Report on the lunatic asylums under the Government of Bombay - 1904-1913
Year: 1904
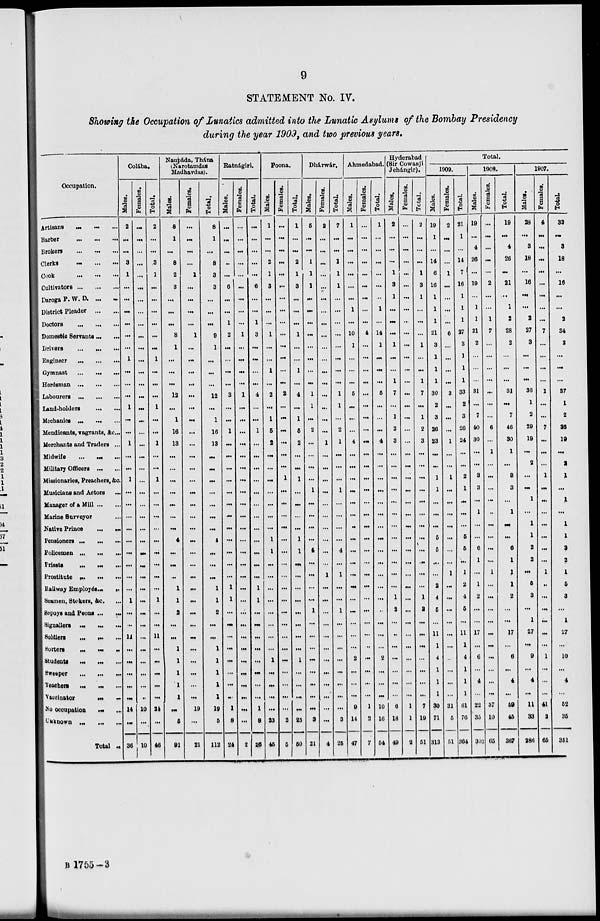
9
STATEMENT No. IV.
Showing the Occupation of Lunatics admitted into the Lunatic Asylums of the Bombay Presidency
during the year 1909, and two previous years.
Occupation.
Artisans
...
...
...
Barber ... ... ...
Brokers ... ... ...
Clerks
...
...
...
Cook
...
...
...
Cultivators ... ... ...
Daroga P. W. D. ... ...
District Pleader ... ...
Doctors ... ... ...
Domestic Servants ... ...
Drivers ... ... ...
Engineer
...
...
...
Gymnast ... ... ...
Herdsman ... ... ...
Labourers
...
...
...
Land-holders ... ...
Mechanics ... ... ...
Mendicants, vagrants, &c...
Merchants and Traders ...
Midwife
... ... ...
Military Officers ... ...
Missionaries, Preachers, &c.
Musicians and Actors ...
Manager of a Mill ... ...
Marine Surveyor ...
Native Prince
...
...
Pensioners ...
... ...
Policemen ...
...
...
Priests ... ...
...
Prostitute
...
...
...
Railway Employés ... ...
Seamen, Stokers, &c. ...
Sepoys and Peons ...
...
Signallers
...
...
...
Soldiers
...
...
...
Sorters
...
...
...
Students
...
... ...
Sweeper ... ... ...
Teachers ... ... ...
Vaccinator ... ...
No occupation ... ...
Unknown
...
...
...
Total ...
Colába.
Males.
2
...
...
3
1
...
...
...
...
...
...
1
...
...
...
1
...
...
1
...
...
1
...
...
...
...
...
...
...
...
...
1
...
...
11
...
...
...
...
...
14
...
36
Females.
...
...
...
...
...
...
...
...
...
...
...
...
...
...
...
...
...
...
...
...
...
...
...
...
...
...
...
...
...
...
...
...
...
...
...
...
...
...
...
...
10
...
10
Total.
2
...
...
3
1
...
...
...
...
...
...
1
...
...
...
1
...
...
1
...
...
1
...
...
...
...
...
...
...
...
...
1
...
...
11
...
...
...
...
...
24
...
46
Naupáda, Thána
(Narotamdas
Madhavdas).
Males.
8
1
...
8
2
3
...
...
...
8
1
...
...
...
12
...
1
16
13
...
...
...
...
...
...
...
4
...
...
...
1
1
2
...
...
1
1
1
1
1
...
5
91
Females.
...
...
...
...
1
...
...
...
...
1
...
...
...
...
...
...
...
...
...
...
...
...
...
...
...
...
...
...
...
...
...
...
...
...
...
...
...
...
...
...
19
...
21
Total.
8
1
...
8
3
3
...
...
...
9
1
...
...
...
12
...
1
16
13
...
...
...
...
...
...
...
4
...
...
...
1
1
2
...
...
1
1
1
1
1
19
5
112
Ratnágiri.
Males.
...
...
...
...
...
6
...
...
1
2
...
...
...
...
3
...
...
1
...
...
...
...
...
...
...
...
...
...
...
...
1
1
...
...
...
...
...
...
...
...
1
8
24
Females.
...
...
...
...
...
...
...
...
...
1
...
...
...
...
1
...
...
...
...
...
...
...
...
...
...
...
...
...
...
...
...
...
...
...
...
...
...
...
...
...
...
...
2
Total.
...
...
...
...
...
6
...
...
1
3
...
...
...
...
4
...
...
1
...
...
...
...
...
...
...
...
...
...
...
...
1
1
...
...
...
...
...
...
...
...
1
8
26
Poona.
Males.
1
...
...
2
1
3
...
...
...
1
...
...
1
...
2
...
1
5
2
...
...
...
...
...
...
...
1
1
...
...
...
...
...
...
...
...
1
...
...
...
...
23
45
Females.
...
...
...
...
...
...
...
...
...
...
...
...
...
...
2
...
...
...
...
...
...
1
...
...
...
...
...
...
...
...
...
...
...
...
...
...
...
...
...
...
...
2
5
Total.
1
...
...
2
1
3
...
...
...
1
...
...
1
...
4
...
1
5
2
...
...
1
...
...
...
...
1
1
...
...
...
...
...
...
...
...
1
...
...
...
...
25
50
Dhárwár.
Males.
5
...
...
1
1
1
...
...
...
...
...
...
...
...
1
1
...
2
...
...
...
...
1
...
...
...
...
4
...
...
...
...
1
...
...
...
...
...
...
...
...
3
21
Females.
2
...
...
...
...
...
...
...
...
...
...
...
...
...
...
...
...
...
1
...
...
...
...
...
...
...
...
...
...
1
...
...
...
...
...
...
...
...
...
...
...
...
4
Total.
7
...
...
1
1
1
...
...
...
...
...
...
...
...
1
1
...
2
1
...
...
...
1
...
...
...
...
4
...
1
...
...
1
...
...
...
...
...
...
...
...
3
25
Ahmedabad.
Males.
1
...
...
...
...
...
...
1
...
10
1
...
...
...
6
...
...
...
4
...
...
...
...
...
...
..
...
...
...
...
...
...
...
...
...
...
2
...
...
...
9
14
47
Females.
...
...
...
...
...
...
...
...
...
4
...
...
...
...
...
...
...
...
...
...
...
...
...
...
...
...
...
...
...
...
...
...
...
...
...
...
...
...
...
...
1
2
7
Total.
1
...
...
...
...
...
...
1
...
14
1
...
...
...
6
...
...
...
4
...
...
...
...
...
...
...
...
...
...
...
...
...
...
...
...
...
2
...
...
...
10
16
54
Hyderabad
(Sir Cowasji
Jehángir).
Males.
2
...
...
...
1
3
1
...
...
...
1
...
...
1
7
...
1
2
3
...
...
...
...
...
...
...
...
...
...
...
...
1
2
...
...
...
...
...
...
...
6
18
49
Females.
...
...
...
...
...
...
...
...
...
...
...
...
...
...
...
...
...
...
...
...
...
...
...
...
...
...
...
...
...
...
...
...
...
...
...
...
...
...
...
...
1
1
2
Total.
2
...
...
...
1
3
1
...
...
...
1
...
...
1
7
...
1
2
3
...
...
...
...
...
...
...
...
...
...
...
...
1
2
...
...
...
...
...
...
...
7
19
51
Total.
1909.
Males.
19
1
...
14
6
16
1
1
1
21
3
1
1
1
30
2
3
26
23
...
...
1
1
...
...
...
5
5
...
...
2
4
5
...
11
1
4
1
1
1
30
71
313
Females.
2
...
...
...
1
...
...
...
...
6
...
...
...
...
3
...
...
...
1
...
...
1
...
...
...
...
...
...
...
1
...
...
...
...
...
...
...
...
...
...
31
5
51
Total.
21
1
...
14
7
16
1
1
1
27
3
1
1
1
33
2
3
26
24
...
...
2
1
...
...
...
5
5
...
1
2
4
5
...
11
1
4
1
1
1
61
76
364
1908.
Males.
19
...
4
26
...
19
...
1
1
21
2
...
...
...
31
...
7
40
30
...
...
3
3
...
1
...
...
6
1
...
1
2
...
...
17
...
6
...
4
...
22
35
302
Females.
...
...
...
...
...
2
...
...
1
7
...
...
...
...
...
...
...
6
...
1
...
...
...
...
...
...
...
...
...
1
...
...
...
...
...
...
...
...
...
...
37
10
65
Total.
19
...
4
26
...
21
...
1
2
28
2
...
...
...
31
...
7
46
30
1
...
3
3
...
1
...
...
6
1
1
1
2
...
...
17
...
6
...
4
...
59
45
367
1907.
Males.
28
...
3
18
...
16
...
...
2
27
3
...
...
...
36
1
2
29
19
...
2
...
...
1
...
1
1
2
2
...
5
3
...
1
27
...
9
...
4
...
11
33
286
Females.
4
...
...
...
...
...
...
...
...
7
...
...
...
...
1
...
...
7
...
...
...
1
...
...
...
...
...
...
...
1
..
...
...
...
...
...
1
...
...
...
41
2
65
Total.
32
...
3
18
...
16
...
...
2
34
3
...
...
...
37
1
2
36
19
...
2
1
...
1
...
1
1
2
2
1
5
3
...
1
27
...
10
...
4
...
52
35
351